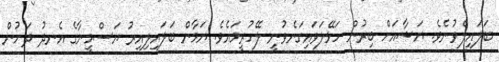
ބަލައިލެވުނެވެ. ޔަޝާއަށް ބިރުން ހަޅޭލަވައިގަނެވުނީ ލޭހުރީމައެވެ. ޔަމާން ބަލައިލިއިރު ޔަސްމީނާގެ އެނދު ދަށުން